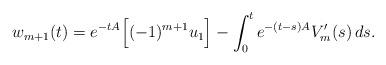
LaTeX: \begin{align*}w_{m+1}(t)=e^{-tA}\Big[(-1)^{m+1}u_1\Big]-\int_0^te^{-(t-s)A}V_{m}'(s)\,ds.\end{align*}